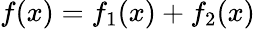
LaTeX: f(x)=f_{1}(x)+f_{2}(x)